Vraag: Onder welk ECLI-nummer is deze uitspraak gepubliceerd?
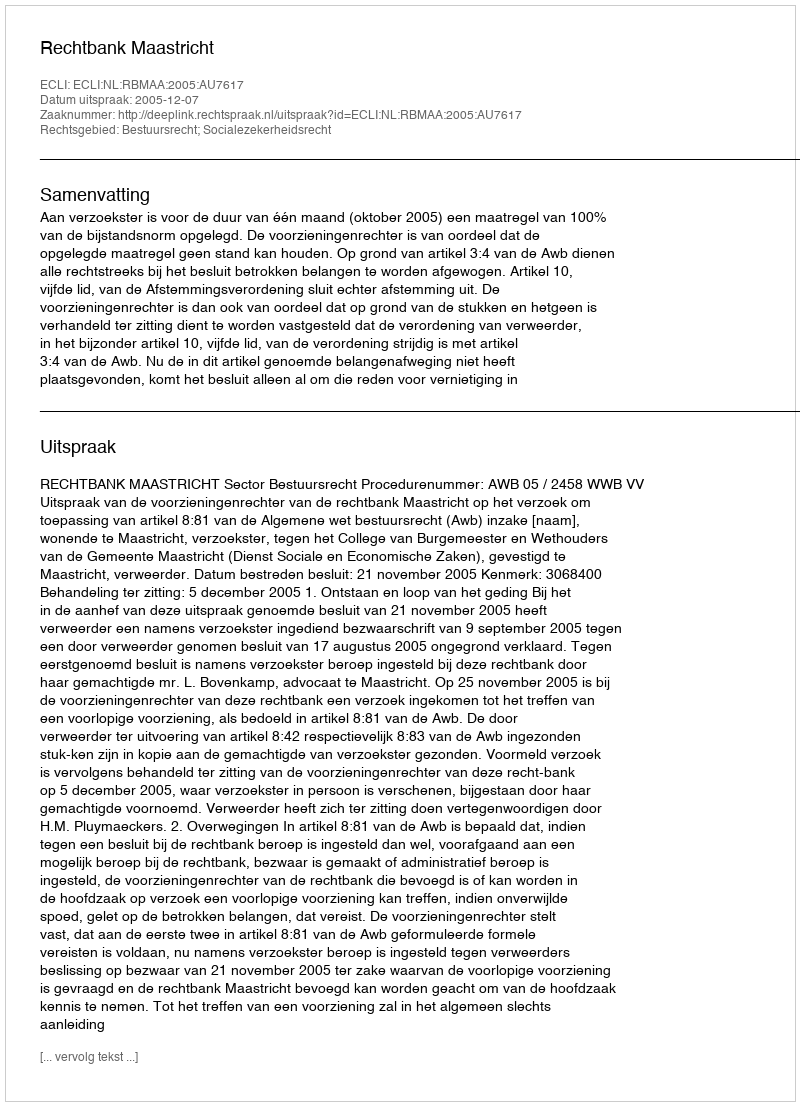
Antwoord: ECLI:NL:RBMAA:2005:AU7617